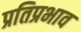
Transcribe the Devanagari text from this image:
प्रतिप्रभाव